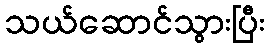
သယ်ဆောင်သွားပြီး